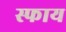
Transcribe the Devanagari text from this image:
स्फाय